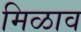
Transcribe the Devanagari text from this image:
मिळाव